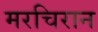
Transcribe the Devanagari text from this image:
मरचिरान